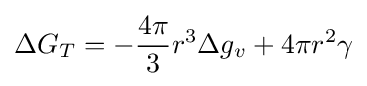
\Delta G_{T}=-{\frac {4\pi }{3}}r^{3}\Delta g_{v}+4\pi r^{2}\gamma